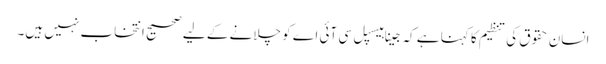
انسان حقوق کی تنظیم کا کہنا ہے کہ جینا ہیسپل سی آئی اے کو چلانے کے لیے صحیح انتخاب نہیں ہیں۔